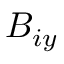
B _ { i y }